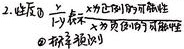
2. 性质：
   - \textcircled{1}\(\frac{y}{x}\)不为比例的可解性
   - \textcircled{2}\(\frac{y}{x}\)称为反比例的可解性
   - \textcircled{3} 标准式